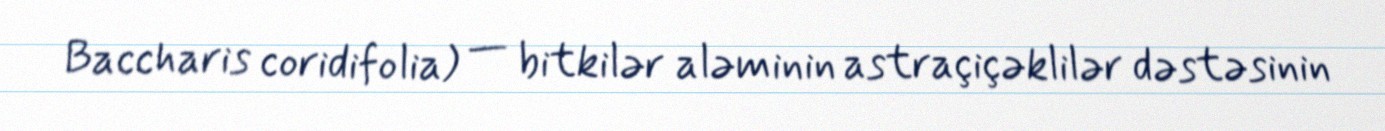
Baccharis coridifolia) — bitkilər aləminin astraçiçəklilər dəstəsinin